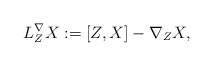
\begin{align*}L^{\nabla}_{Z}X:=[Z,X]-\nabla_{Z}X,\end{align*}